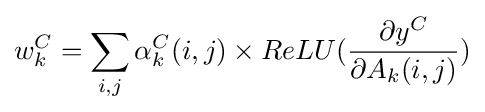
w_{k}^{C}=\sum _{i,j}\alpha _{k}^{C}(i,j)\times ReLU({\frac {\partial y^{C}}{\partial A_{k}(i,j)}})